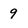
Character: 9